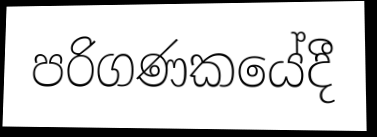
පරිගණකයේදී